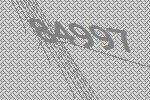
84997